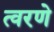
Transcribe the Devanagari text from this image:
त्वरणे